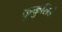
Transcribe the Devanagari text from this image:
कुकुलिडे